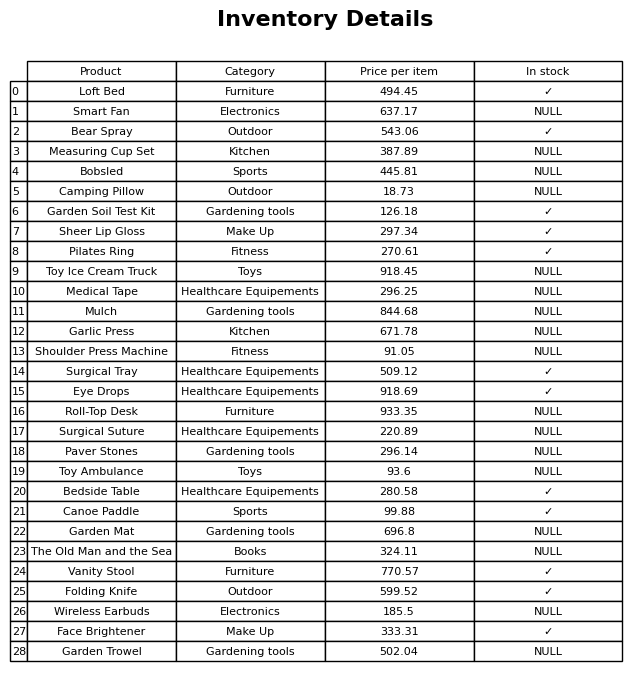
question: What is the stock status of the Shoulder Press Machine?
answer: NULL